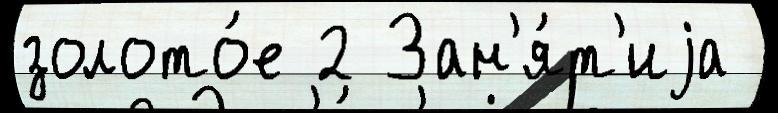
золото́е 2 Зан'я́т'иjа